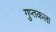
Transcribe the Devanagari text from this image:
गुप्तकला